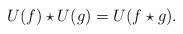
LaTeX: \begin{align*}U(f)\star U(g)=U(f\star g).\end{align*}